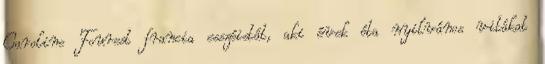
Caroline Fourest francia esszéistát, aki évek óta nyilvános vitákat